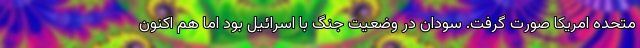
متحده امریکا صورت گرفت. سودان در وضعیت جنگ با اسرائیل بود اما هم اکنون